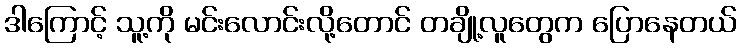
ဒါကြောင့် သူ့ကို မင်းလောင်းလို့တောင် တချို့လူတွေက ပြောနေတယ်